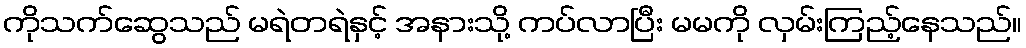
ကိုသက်ဆွေသည် မရဲတရဲနှင့် အနားသို့ ကပ်လာပြီး မမကို လှမ်းကြည့်နေသည်။